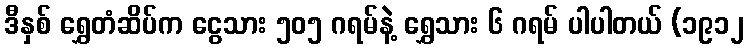
ဒီနှစ် ရွှေတံဆိပ်က ငွေသား ၅၀၅ ဂရမ်နဲ့ ရွှေသား ၆ ဂရမ် ပါပါတယ် (၁၉၁၂